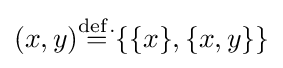
(x,y){\overset {\mathrm {def.} }{=}}\{\{x\},\{x,y\}\}